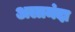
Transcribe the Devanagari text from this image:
अलामंदा